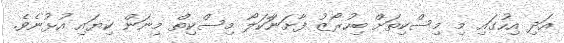
އަދި އިހުގައި މި މިސްކިތަށް ބިހުރޯޒު ފާށަނަާކަލޯ މިސްކިތް މިނަން ކިޔައި އުޅުނެވެ.